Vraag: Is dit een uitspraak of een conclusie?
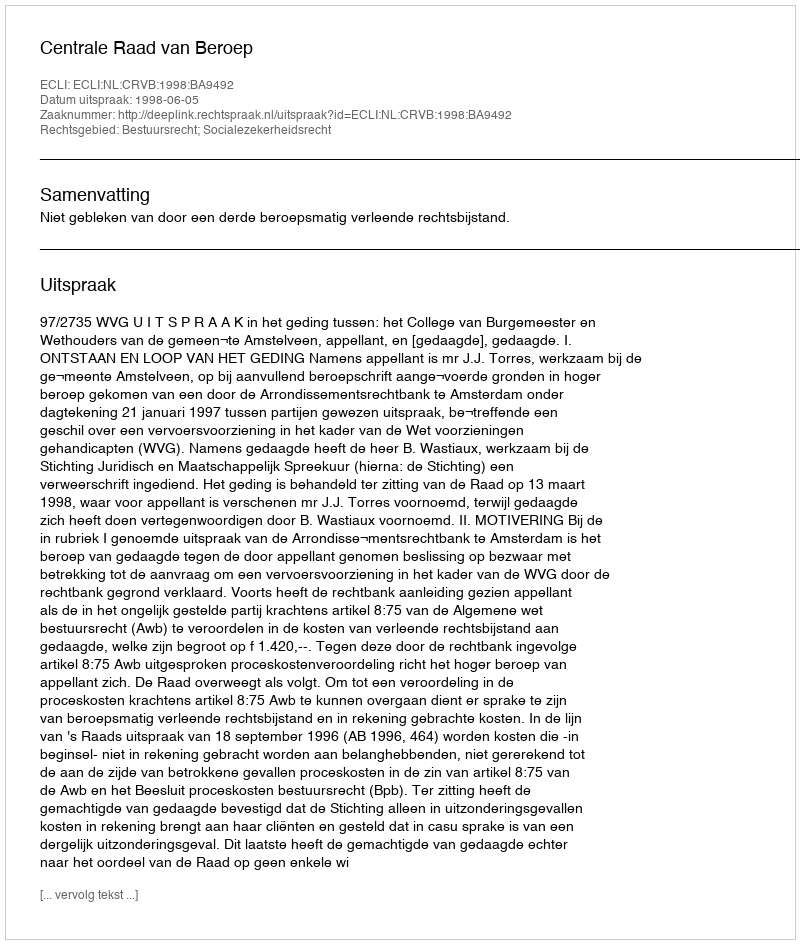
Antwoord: Uitspraak